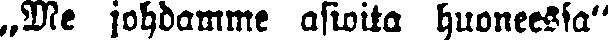
„Me johdamme asioita huoneessa"